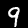
Digit: 9